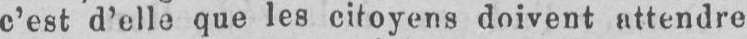
c’est d’elle que les citoyens doivent attendre